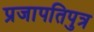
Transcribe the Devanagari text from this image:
प्रजापतिपुत्र